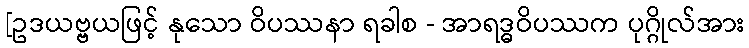
[ဥဒယဗ္ဗယဖြင့် နုသော ဝိပဿနာ ရခါစ - အာရဒ္ဓဝိပဿက ပုဂ္ဂိုလ်အား